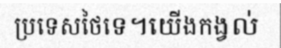
ប្រទេសថៃទេ។យើងកង្វល់